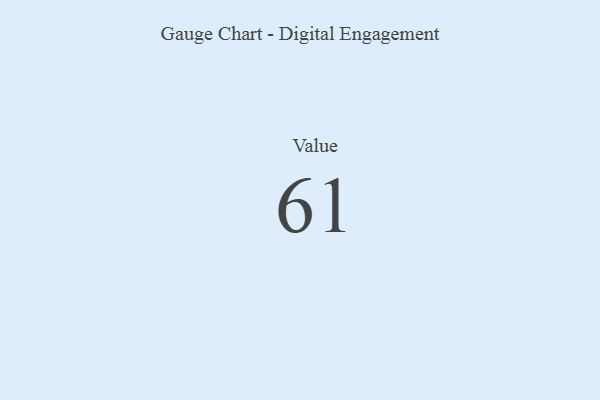
{"axis": {"x": "Metric", "y": "Value"}, "legend": [""], "data": [{"x": "Value", "y": 61, "type": ""}]}